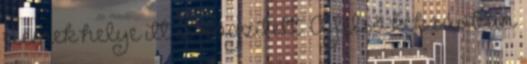
elemek helye itt is rögzített. A felsõ kék sávban